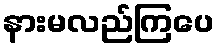
နားမလည်ကြပေ